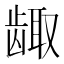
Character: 𱌶